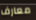
معارف